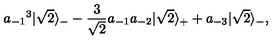
{ a _ { - 1 } } ^ { 3 } | \sqrt 2 \rangle _ { - } - { \frac { 3 } { \sqrt 2 } } a _ { - 1 } a _ { - 2 } | \sqrt 2 \rangle _ { + } + a _ { - 3 } | \sqrt 2 \rangle _ { - } ,